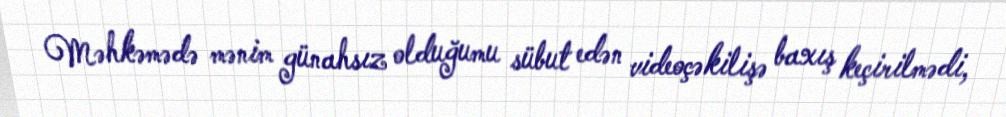
Məhkəmədə mənim günahsız olduğumu sübut edən videoçəkilişə baxış keçirilmədi,